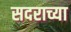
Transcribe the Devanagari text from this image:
सदराच्या